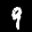
Label: 9